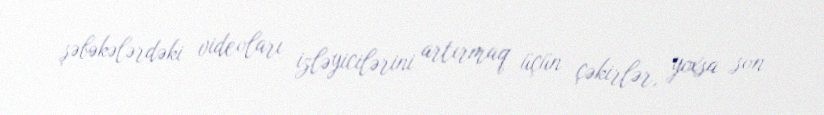
şəbəkələrdəki videoları izləyicilərini artırmaq üçün çəkirlər, yoxsa son